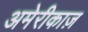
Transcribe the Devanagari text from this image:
अमेरीकाज़